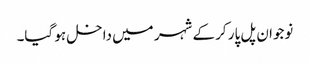
نوجوان پل پار کر کے شہر میں داخل ہو گیا۔